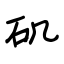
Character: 矶